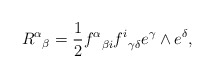
\begin{align*}{{\, R^\alpha}}_\beta ={1\over 2} {f^\alpha}_{\beta i}{f^i}_{\gamma\delta} e^\gamma\wedge e^\delta,\end{align*}